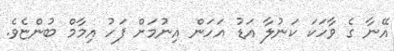
އޭނާ ގެ ވާހަކަ ކަނުލާ އަޑު އަހަން އިނުމަށް ފަހު އިމާމް ބުންޏެވެ.